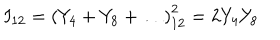
LaTeX: I _ { 1 2 } = \left( Y _ { 4 } + Y _ { 8 } + \ldots \right) _ { 1 2 } ^ { 2 } = 2 Y _ { 4 } Y _ { 8 }